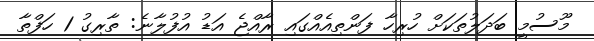
މޫސުމީ ބަދަލުތަކަށް ހުރިހާ ފަންތިއެއްގައި ރާއްޖެ އަޑު އުފުލާނެ: ތާރިގު 1 ހަފްތާ